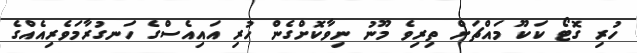
ހުރި ގޮޓޯ ކަކޫ މައްޗަށް ތިރިވެ މޫނު ނިވާކޮށްގެން ހުރި އައިއެސްގެ ހަނގުރާމަވެރިއެއްގެ